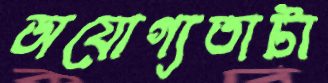
অযোগ্যতাটা